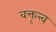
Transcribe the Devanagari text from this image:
वक्तृत्त्व